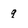
Character: q